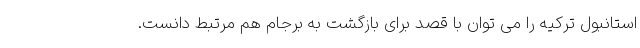
استانبول ترکیه را می توان با قصد برای بازگشت به برجام هم مرتبط دانست.